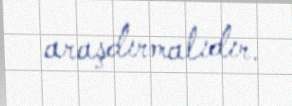
araşdırmalıdır.